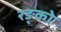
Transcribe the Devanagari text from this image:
रङ्को